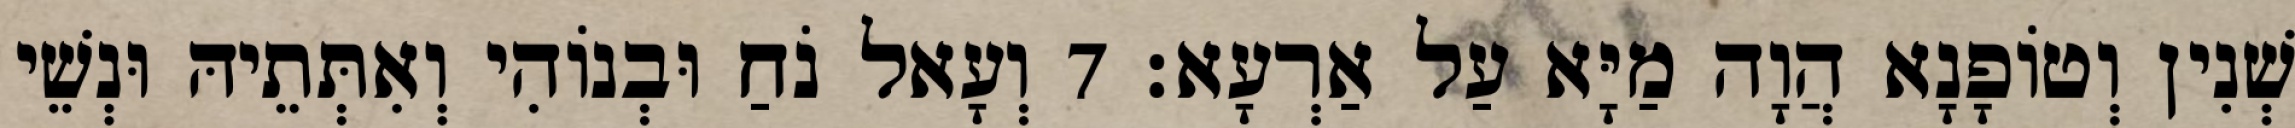
שְׁנִין וְטוֹפָנָא הֲוָה מַיָּא עַל אַרְעָא׃ 7 וְעָאל נֹחַ וּבְנוֹהִי וְאִתְּתֵיהּ וּנְשֵׁי